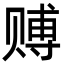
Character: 赙